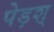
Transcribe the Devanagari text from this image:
पेड़श्